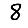
Digit: 8